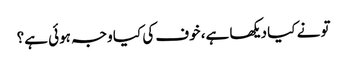
تو نے کیا دیکھا ہے، خوف کی کیا وجہ ہوئی ہے؟